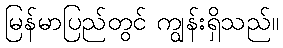
မြန်မာပြည်တွင် ကျွန်းရှိသည်။